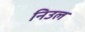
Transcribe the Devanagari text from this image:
निउल